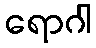
ရောဂါ